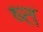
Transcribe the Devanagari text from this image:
ष्त